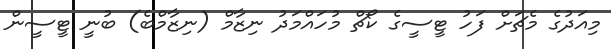
މިއަދުގެ މެޗަށް ފަހު ޓީސީގެ ކޯޗް މުހައްމަދު ނިޒާމް (ނިޒާމްބެ) ބުނީ ޓީސީން